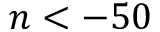
n < - 5 0